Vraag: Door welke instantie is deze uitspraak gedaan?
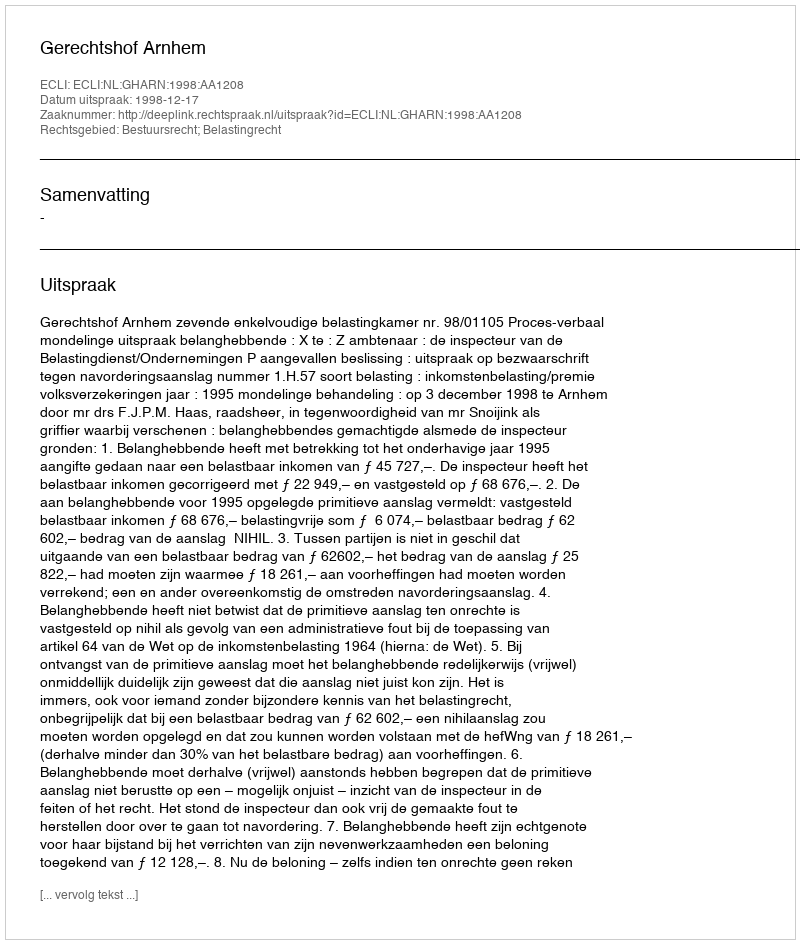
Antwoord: Gerechtshof Arnhem